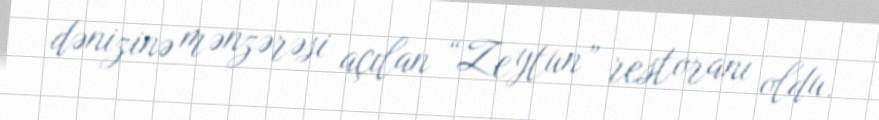
dənizinə mənzərəsi açılan “Zeytun” restoranı oldu.